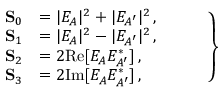
\left. \begin{array} { r l } { \mathbf { S } _ { 0 } } & { = | E _ { A } | ^ { 2 } + | E _ { A ^ { \prime } } | ^ { 2 } \, , \phantom { Z Z Z Z } } \\ { \mathbf { S } _ { 1 } } & { = | E _ { A } | ^ { 2 } - | E _ { A ^ { \prime } } | ^ { 2 } \, , } \\ { \mathbf { S } _ { 2 } } & { = 2 \mathrm { R e } [ E _ { A } E _ { A ^ { \prime } } ^ { \ast } ] \, , } \\ { \mathbf { S } _ { 3 } } & { = 2 \mathrm { I m } [ E _ { A } E _ { A ^ { \prime } } ^ { \ast } ] \, , } \end{array} \right\}